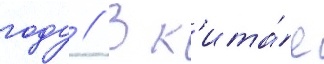
году // В к'ита́е